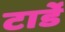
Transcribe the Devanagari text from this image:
टार्डे